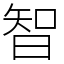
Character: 智